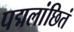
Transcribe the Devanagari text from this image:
पद्मलांछितं